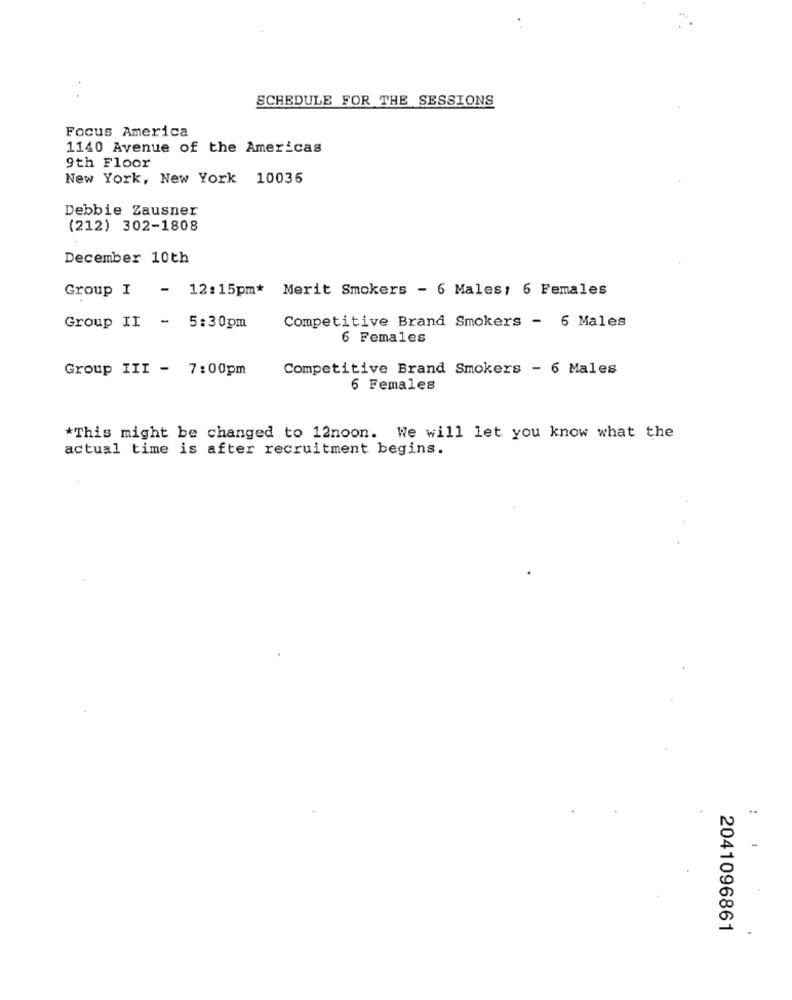
SCHEDULE FOR THE SESSIONS
Focus America
1140 Avenue of the Americas
9th Floor
New York, New York 10036
Debbie Zausner
(212) 302-1808
December 10th
Group I - 12:15pm* Merit Smokers - 6 Males: 6 Females
Competitive Brand Smokers - 6 Males
Group II - 5:30pm
6 Females
Group III - 7:00pm
Competitive Brand Smokers - 6 Males
6 Females
*This might be changed to 12noon. We will let you know what the
actual time is after recruitment begins.
2041096861